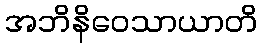
အဘိနိဝေသာယာတိ